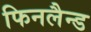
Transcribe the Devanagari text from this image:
फिनलैन्ड